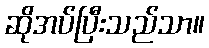
ဆိုအပ်ပြီးသည်သာ။